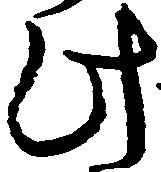
此